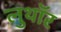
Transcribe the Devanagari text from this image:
लुथाॅर